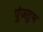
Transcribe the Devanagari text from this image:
पुंजतुभ